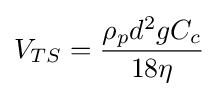
V_{TS}={\frac {\rho _{p}d^{2}gC_{c}}{18\eta }}